Annual report on the working of the lock hospitals in the North-Western Provinces and Oudh
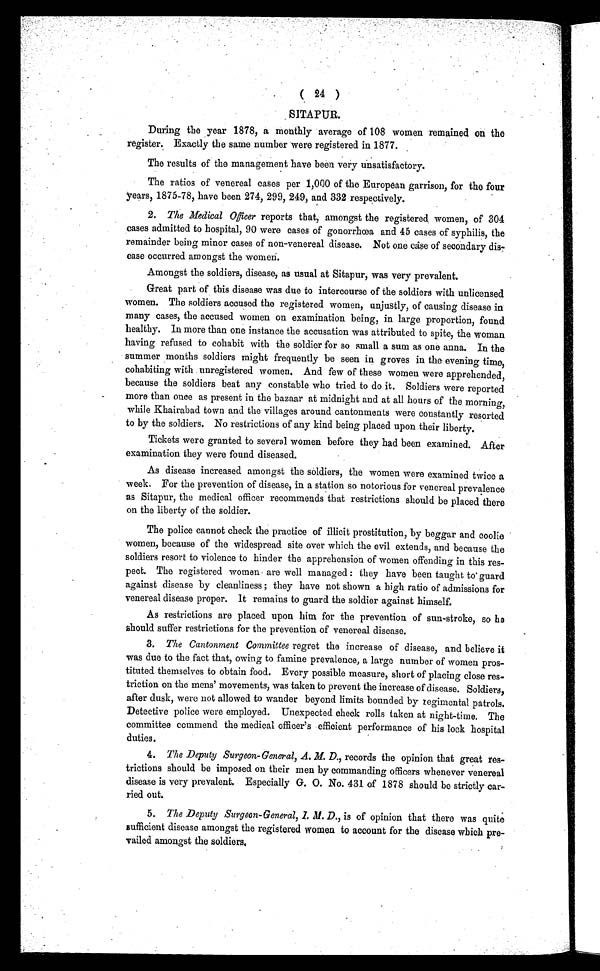
( 24 )
SITAPUR.
During the year 1878, a monthly average of 108 women remained on the
register. Exactly the same number were registered in 1877.
The results of the management have been very unsatisfactory.
The ratios of venereal cases per 1,000 of the European garrison, for the four
years, 1875-78, have been 274, 299, 249, and 332 respectively.
2. The Medical Officer reports that, amongst the registered women, of 304
cases admitted to hospital, 90 were cases of gonorrhœa and 45 cases of syphilis, the
remainder being minor cases of non-venereal disease. Not one case of secondary
dis-ease occurred amongst the women.
Amongst the soldiers, disease, as usual at Sitapur, was very prevalent.
Great part of this disease was due to intercourse of the soldiers with unlicensed
women. The soldiers accused the registered women, unjustly, of causing disease in
many cases, the accused women on examination being, in large proportion, found
healthy. In more than one instance the accusation was attributed to spite, the woman
having refused to cohabit with the soldier for so small a sum as one anna. In the
summer months soldiers might frequently be seen in groves in the evening time,
cohabiting with unregistered women. And few of these women were apprehended,
because the soldiers beat any constable who tried to do it. Soldiers were reported
more than once as present in the bazaar at midnight and at all hours of the morning,
while Khairabad town and the villages around cantonments were constantly resorted
to by the soldiers. No restrictions of any kind being placed upon their liberty.
Tickets were granted to several women before they had been examined. After
examination they were found diseased.
As disease increased amongst the soldiers, the women were examined twice a
week. For the prevention of disease, in a station so notorious for venereal prevalence
as Sitapur, the medical officer recommends that restrictions should be placed there
on the liberty of the soldier.
The police cannot check the practice of illicit prostitution, by beggar and coolie
women, because of the widespread site over which the evil extends, and because the
soldiers resort to violence to hinder the apprehension of women offending in this res-
pect. The registered women are well managed : they have been taught to guard
against disease by cleanliness ; they have not shown a high ratio of admissions for
venereal disease proper. It remains to guard the soldier against himself.
As restrictions are placed upon him for the prevention of sun-stroke, so he
should suffer restrictions for the prevention of venereal disease.
3. The Cantonment Committee regret the increase of disease, and believe it
was due to the fact that, owing to famine prevalence, a large number of women pros-
tituted themselves to obtain food. Every possible measure, short of placing close res-
triction on the mens' movements, was taken to prevent the increase of disease. Soldiers,
after dusk, were not allowed to wander beyond limits bounded by regimental patrols.
Detective police were employed. Unexpected check rolls taken at night-time. The
committee commend the medical officer's efficient performance of his lock hospital
duties.
4. The Deputy Surgeon-General, A. M. D., records the opinion that great res-
trictions should be imposed on their men by commanding officers whenever venereal
disease is very prevalent. Especially G. O. No. 431 of 1878 should be strictly car-
ried out.
5. The Deputy Surgeon-General, I. M. D., is of opinion that there was quite
suff icient disease amongst the registered women to account for the disease which pre-
vailed amongst the soldiers.